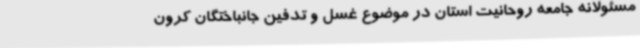
مسئولانه جامعه روحانیت استان در موضوع غسل و تدفین جانباختگان کرون